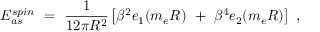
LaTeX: { \cal E } _ { a s } ^ { s p i n } \ = \ \frac { 1 } { 1 2 \pi R ^ { 2 } } \left[ \beta ^ { 2 } e _ { 1 } ( m _ { e } R ) \ + \ \beta ^ { 4 } e _ { 2 } ( m _ { e } R ) \right] \ ,